Philaematomyia insignis, Austen - Number 54
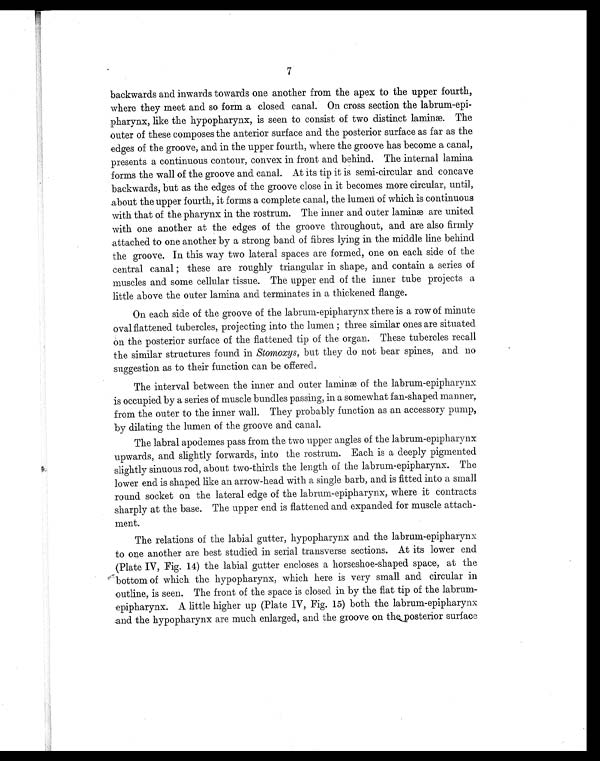
7
backwards and inwards towards one another from the apex to the upper fourth,
where they meet and so form a closed canal. On cross section the labrum-epi
-pharynx, like the hypopharynx, is seen to consist of two distinct laminæ. The
outer of these composes the anterior surface and the posterior surface as far as the
edges of the groove, and in the upper fourth, where the groove has become a canal,
presents a continuous contour, convex in front and behind. The internal lamina
forms the wall of the groove and canal. At its tip it is semi-circular and concave
backwards, but as the edges of the groove close in it becomes more circular, until,
about the upper fourth, it forms a complete canal, the lumen. of which is continuous
with that of the pharynx in the rostrum. The inner and outer laminæ are united
with one another at the edges of the groove throughout, and are also firmly
attached to one another by a strong band of fibres lying in the middle line behind
the groove. In this way two lateral spaces are formed, one on each side of the
central canal; these are roughly triangular in shape, and contain a series of
muscles and some cellular tissue. The upper end of the inner tube projects a
little above the outer lamina and terminates in a thickened flange.
On each side of the groove of the labrum-epipharynx there is a row of minute
oval flattened tubercles, projecting into the lumen; three similar ones are situated
on the posterior surface of the flattened tip of the organ. These tubercles recall
the similar structures found in Stomoxys, but they do not bear spines, and no
suggestion as to their function can be offered.
The interval between the inner and outer laminæ of the labrum-epipharynx
is occupied by a series of muscle bundles passing, in a somewhat fan-shaped manner,
from the outer to the inner wall. They probably function as an accessory pump,
by dilating the lumen of the groove and canal.
The labral apodemes pass from the two upper angles of the labrum-epipharynx
upwards, and slightly forwards, into the rostrum. Each is a deeply pigmented
slightly sinuous rod, about two-thirds the length of the labrum-epipharynx. The
lower end is shaped like an arrow-head with a single barb, and is fitted into a small
round socket on the lateral edge of the labrum-epipharynx, where it contracts
sharply at the base. The upper end is flattened and expanded for muscle attach
-ment.
The relations of the labial gutter, hypopharynx and the labrum-epipharynx.
to one another are best studied in serial transverse sections. At its lower end
(Plate IV, Fig. 14) the labial gutter encloses a horseshoe-shaped space, at the
bottom of which the hypopharynx, which here is very small and circular in
outline, is seen. The front of the space is closed in by the flat tip of the labrum
-epipharynx. A little higher up (Plate IV, Fig. 15) both the labrum-epipharynx
and the hypopharynx are much enlarged, and the groove on the posterior surface